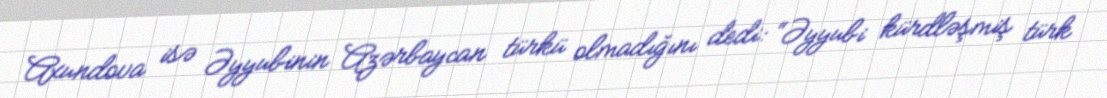
Axundova isə Əyyubinin Azərbaycan türkü olmadığını dedi: “Əyyubi kürdləşmiş türk